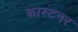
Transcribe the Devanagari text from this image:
कास्टनर